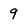
Character: 9